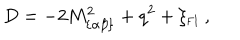
D = - 2 M _ { \{ \alpha \beta \} } ^ { 2 } + q ^ { 2 } + \xi _ { \mathrm { { \small F I } } } ~ ,